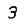
Digit: 3